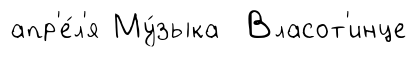
апр'е́л'я Му́зыка Власот'инце